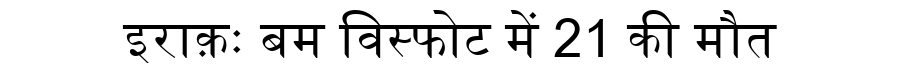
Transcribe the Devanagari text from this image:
इराक़ः बम विस्फोट में 21 की मौत